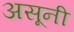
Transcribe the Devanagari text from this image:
असूनी